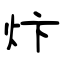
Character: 炞